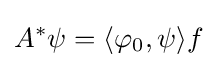
A^{*}\psi =\langle \varphi _{0},\psi \rangle f